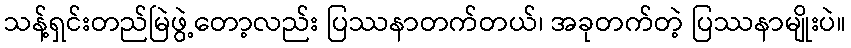
သန့်ရှင်းတည်မြဲဖွဲ့တော့လည်း ပြဿနာတက်တယ်၊ အခုတက်တဲ့ ပြဿနာမျိုးပဲ။